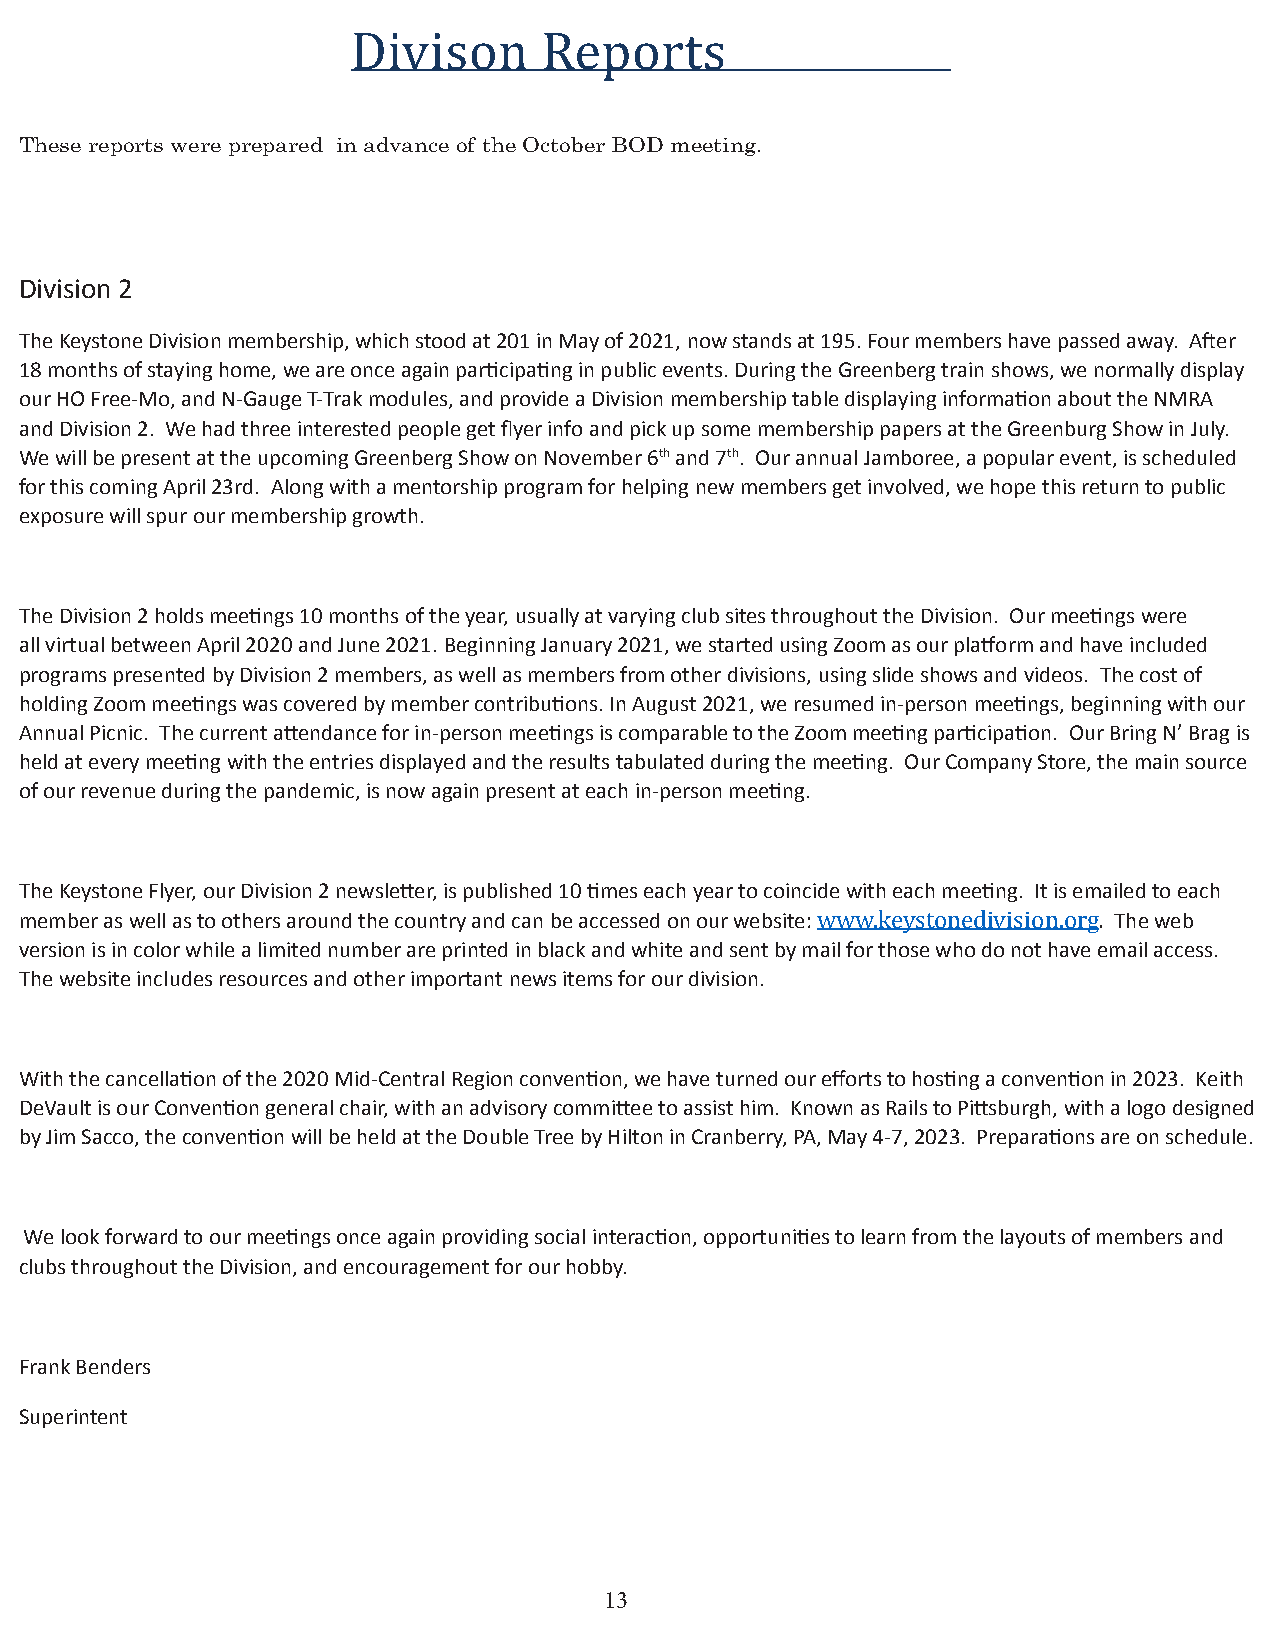
These reports were prepared in advance of the October BOD meeting.
 Divison      Reports
 Division 2
 The Keystone Division membership, which stood at 201 in May of 2021, now stands at 195. Four members have passed away. After
 18 months of staying home, we are once again participating in public events. During the Greenberg train shows, we normally display
 our HO Free-Mo, and N-Gauge T-Trak modules, and provide a Division membership table displaying information about the NMRA
 and Division 2. We had three interested people get flyer info and pick up some membership papers at the Greenburg Show in July.
 We will be present at the upcoming Greenberg Show on November 6th and 7th. Our annual Jamboree, a popular event, is scheduled
 for this coming April 23rd. Along with a mentorship program for helping new members get involved, we hope this return to public
 exposure will spur our membership growth.
 The Division 2 holds meetings 10 months of the year, usually at varying club sites throughout the Division. Our meetings were
 all virtual between April 2020 and June 2021. Beginning January 2021, we started using Zoom as our platform and have included
 programs presented by Division 2 members, as well as members from other divisions, using slide shows and videos. The cost of
 holding Zoom meetings was covered by member contributions. In August 2021, we resumed in-person meetings, beginning with our
 Annual Picnic. The current attendance for in-person meetings is comparable to the Zoom meeting participation. Our Bring N’ Brag is
 held at every meeting with the entries displayed and the results tabulated during the meeting. Our Company Store, the main source
 of our revenue during the pandemic, is now again present at each in-person meeting.
 The Keystone Flyer, our Division 2 newsletter, is published 10 times each year to coincide with each meeting. It is emailed to each
 member as well as to others around the country and can be accessed on our website: The web
 version is in color while a limited number are printed in black and white and sent by mail for those who do not have email access.
 The website includes resources and other important news items for our division.
 www.keystonedivision.org.
 With the cancellation of the 2020 Mid-Central Region convention, we have turned our efforts to hosting a convention in 2023. Keith
 DeVault is our Convention general chair, with an advisory committee to assist him. Known as Rails to Pittsburgh, with a logo designed
 by Jim Sacco, the convention will be held at the Double Tree by Hilton in Cranberry, PA, May 4-7, 2023. Preparations are on schedule.
 We look forward to our meetings once again providing social interaction, opportunities to learn from the layouts of members and
 clubs throughout the Division, and encouragement for our hobby.
 Frank Benders
 Superintent
 13